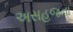
અસહજતા